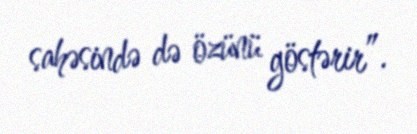
sahəsində də özünü göstərir”.